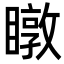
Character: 𥋆